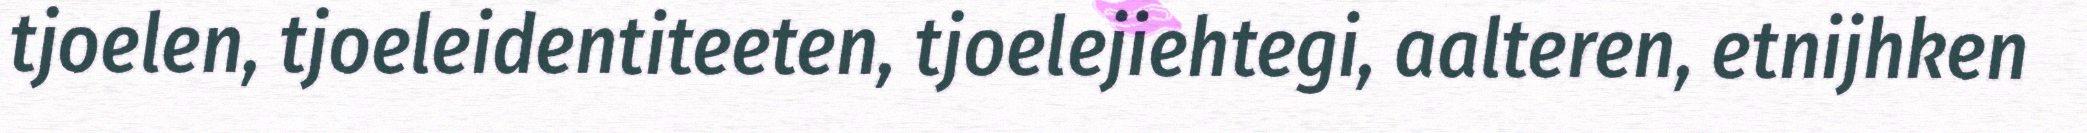
tjoelen, tjoeleidentiteeten, tjoelejiehtegi, aalteren, etnijhken